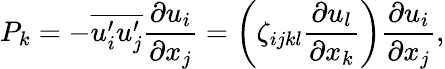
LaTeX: P_{k}=-\overline{{u_{i}^{\prime}u_{j}^{\prime}}}\frac{\partial u_{i}}{\partial x_{j}}=\left(\zeta_{ijkl}\frac{\partial u_{l}}{\partial x_{k}}\right)\frac{\partial u_{i}}{\partial x_{j}},